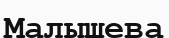
Малышева